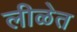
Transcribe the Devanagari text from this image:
लीळेत